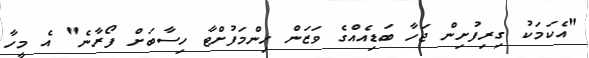
"އެކަމަކު ގިރިފުށިން ޖަހާ ބަޑިއެއްގެ ވަޒަން ހިންމަފުށްޓާ ހިސާބަށް ފޯރާނެ" އެ މީހާ